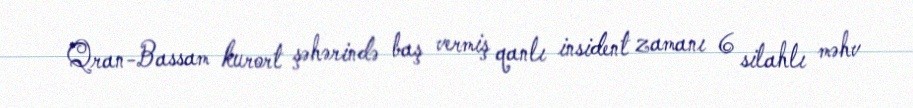
Qran-Bassam kurort şəhərində baş vermiş qanlı insident zamanı 6 silahlı məhv